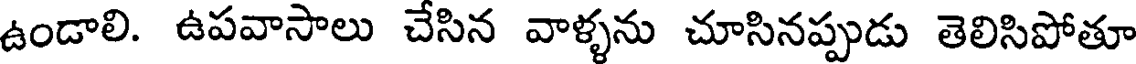
ఉండాలి. ఉపవాసాలు చేసిన వాళ్ళను చూసినప్పుడు తెలిసిపోతూ